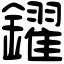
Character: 鑃